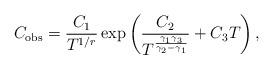
LaTeX: \begin{align*} C_{\mathrm{obs}} = \frac{C_1}{T^{1/r}} \exp \left(\frac{C_2}{T^{\frac{\gamma_1 \gamma_3}{\gamma_2 - \gamma_1}}} + C_3 T\right), \end{align*}